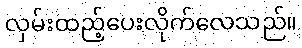
လှမ်းထည့်ပေးလိုက်လေသည်။